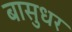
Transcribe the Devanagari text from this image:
बासुधर